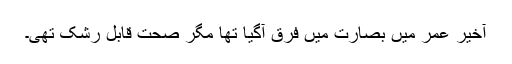
آخیر عمر میں بصارت میں فرق آگیا تھا مگر صحت قابلِ رشک تھی۔